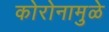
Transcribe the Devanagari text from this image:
कोरोनामुळे